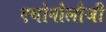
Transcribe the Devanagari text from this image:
एथोनोलौजी